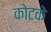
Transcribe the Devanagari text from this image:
कोटके